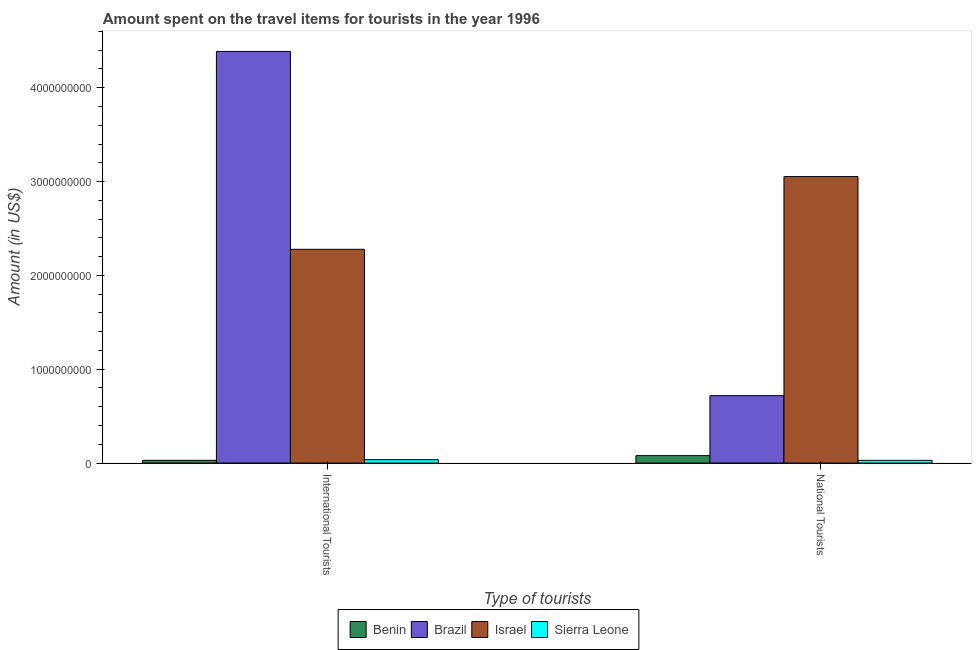
| Type of tourists | Benin | Brazil | Israel | Sierra Leone |
 | --- | --- | --- | --- | --- |
 | International Tourists | 2.9e+07 | 4.39e+09 | 2.28e+09 | 3.6e+07 |
 | National Tourists | 7.9e+07 | 7.18e+08 | 3.05e+09 | 2.9e+07 |